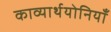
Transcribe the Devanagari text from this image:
काव्यार्थयोनियाँ